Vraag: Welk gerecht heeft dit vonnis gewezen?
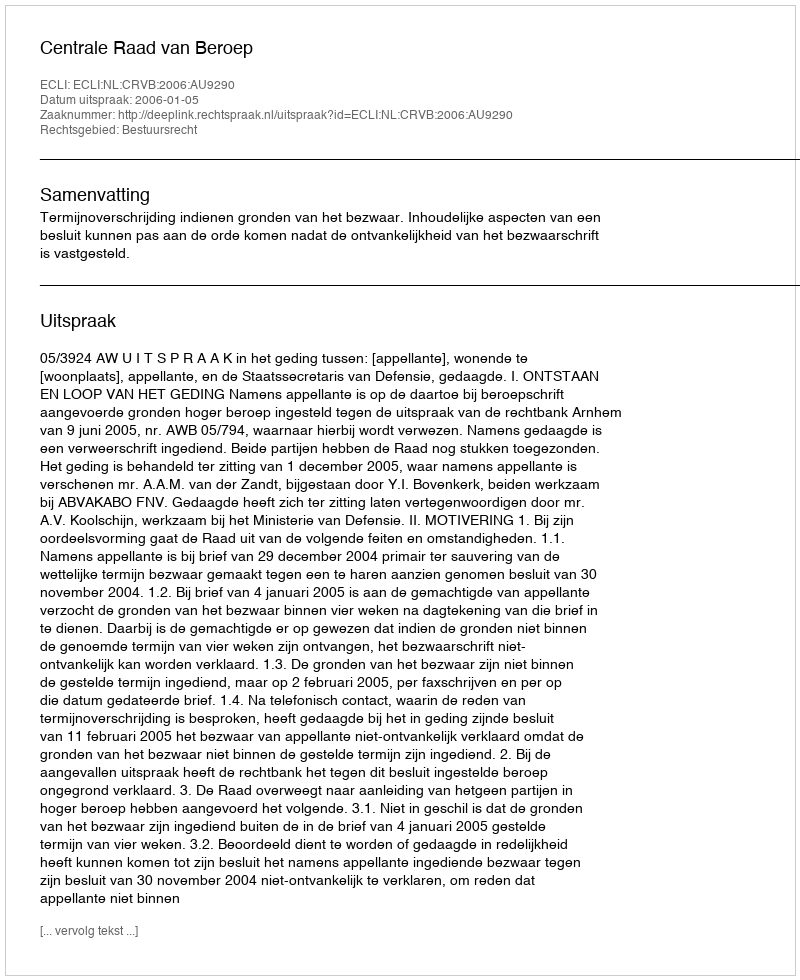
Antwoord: Centrale Raad van Beroep